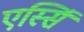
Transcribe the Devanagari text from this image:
एस्सिं